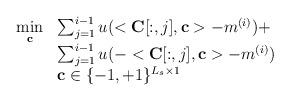
LaTeX: \begin{align*}\begin{array}{ll}\mathop{\min}\limits_{\mathbf{c}} & \sum_{j=1}^{i-1} u( <\mathbf{C}[:,j],\mathbf{c}> - m^{(i)} )+\\ & \sum_{j=1}^{i-1} u( -<\mathbf{C}[:,j],\mathbf{c}> - m^{(i)} )\\ & \mathbf{c}\in \{-1,+1\}^{L_{s}\times 1} \\\end{array}\end{align*}